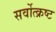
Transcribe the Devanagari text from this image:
सर्वोत्‍क्रष्‍ट